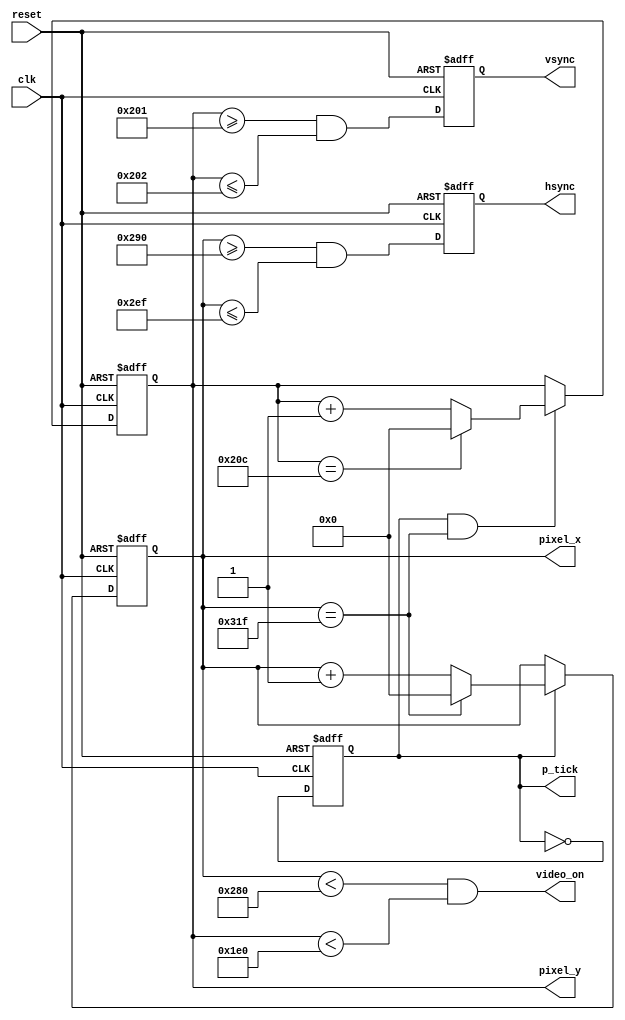
// Listing 13.1
module vga_sync
   (
    input wire clk, reset,
    output wire hsync, vsync, video_on, p_tick,
    output wire [9:0] pixel_x, pixel_y
   );

   // constant declaration
   // VGA 640-by-480 sync parameters
   localparam HD = 640; // horizontal display area
   localparam HF = 48 ; // h. front (left) border
   localparam HB = 16 ; // h. back (right) border
   localparam HR = 96 ; // h. retrace
   localparam VD = 480; // vertical display area
   localparam VF = 10;  // v. front (top) border
   localparam VB = 33;  // v. back (bottom) border
   localparam VR = 2;   // v. retrace

   // mod-2 counter
   reg mod2_reg;
   wire  mod2_next;
   // sync counters
   reg [9:0] h_count_reg, h_count_next;
   reg [9:0] v_count_reg, v_count_next;
   // output buffer
   reg v_sync_reg, h_sync_reg;
   wire v_sync_next, h_sync_next;
   // status signal
   wire h_end, v_end, pixel_tick;

   // body
   // registers
   always @(posedge clk, posedge reset)
      if (reset)
         begin
            mod2_reg <= 2'b00;
            v_count_reg <= 0;
            h_count_reg <= 0;
            v_sync_reg <= 1'b0;
            h_sync_reg <= 1'b0;
         end
      else
         begin
            mod2_reg <= mod2_next;
            v_count_reg <= v_count_next;
            h_count_reg <= h_count_next;
            v_sync_reg <= v_sync_next;
            h_sync_reg <= h_sync_next;
         end

   // mod-2 circuit to generate 25 MHz enable tick
   assign mod2_next = ~mod2_reg;
   //  assign mod2_next = mod2_reg + 1'b1;
       
   assign pixel_tick = mod2_reg;

   // status signals
   // end of horizontal counter (799)
   assign h_end = (h_count_reg==(HD+HF+HB+HR-1));
   // end of vertical counter (524)
   assign v_end = (v_count_reg==(VD+VF+VB+VR-1));

   // next-state logic of mod-800 horizontal sync counter
   always @*
      if (pixel_tick)  // 25 MHz pulse
         if (h_end)
            h_count_next = 0;
         else
            h_count_next = h_count_reg + 1;
      else
         h_count_next = h_count_reg;

   // next-state logic of mod-525 vertical sync counter
   always @*
      if (pixel_tick & h_end)
         if (v_end)
            v_count_next = 0;
         else
            v_count_next = v_count_reg + 1;
      else
         v_count_next = v_count_reg;

   // horizontal and vertical sync, buffered to avoid glitch
   // h_sync_next asserted between 656 and 751
   assign h_sync_next = (h_count_reg>=(HD+HB) &&
                         h_count_reg<=(HD+HB+HR-1));
   // vh_sync_next asserted between 490 and 491
   assign v_sync_next = (v_count_reg>=(VD+VB) &&
                         v_count_reg<=(VD+VB+VR-1));

   // video on/off
   assign video_on = (h_count_reg<HD) && (v_count_reg<VD);

   // output
   assign hsync = h_sync_reg;
   assign vsync = v_sync_reg;
   assign pixel_x = h_count_reg;
   assign pixel_y = v_count_reg;
   assign p_tick = pixel_tick;

endmodule